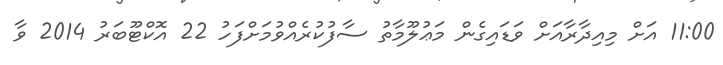
11:00 އަށް މިއިދާރާއަށް ވަޑައިގެން މަޢުލޫމާތު ސާފުކުރެއްވުމަށްފަހު 22 އޮކްޓޫބަރު 2014 ވާ